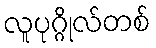
လူပုဂ္ဂိုလ်တစ်